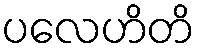
ပလေဟိတိ